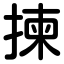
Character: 揀